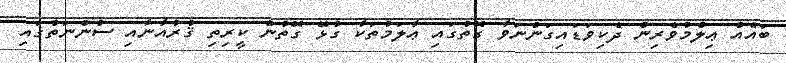
ބައެއް ޢިލްމުވެރިން ދެކިވަޑައިގަންނަވާ ގޮތުގައި ޢާލަމުތަކާ ގުޅޭ ގޮތުން ކީރިތި ޤުރުއާނާއި ސުންނަތުގައި